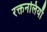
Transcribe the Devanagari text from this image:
रक्तनलियाँ